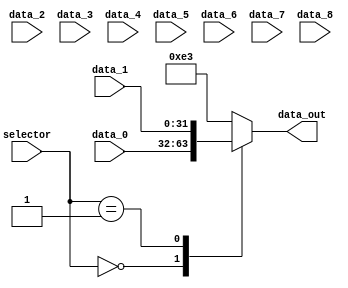
module mux_MEM_to_REG (
    input   wire    [3:0]   selector,
    input   wire    [31:0]   data_0,
    input   wire    [31:0]   data_1,
    input   wire    [31:0]   data_2,
    input   wire    [31:0]   data_3,
    input   wire    [31:0]   data_4,
    input   wire    [31:0]   data_5,
    input   wire    [31:0]   data_6,
    input   wire    [31:0]   data_7,
    input   wire    [31:0]   data_8,
    output  reg     [31:0]   data_out
);

always @(*) begin
    case (selector)
        1'b0000: data_out = data_0;
        1'b0001: data_out = data_1;
        1'b0010: data_out = data_2;
        1'b0011: data_out = data_1;
        1'b0100: data_out = data_4;
        1'b0101: data_out = data_5;
        1'b0110: data_out = data_6;
        1'b0111: data_out = data_7;
        1'b1000: data_out = data_8;
        default: data_out = 32'b00000000000000000000000011100011; // 227
    endcase
end

endmodule